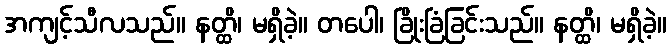
အကျင့်သီလသည်။ နတ္ထိ၊ မရှိခဲ့။ တပေါ၊ ခြိုးခြံခြင်းသည်။ နတ္ထိ၊ မရှိခဲ့။